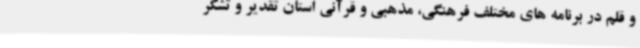
و قلم در برنامه های مختلف فرهنگی، مذهبی و قرآنی استان تقدیر و تشکر